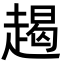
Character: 𧼨